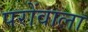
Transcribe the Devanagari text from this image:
परोंवाला